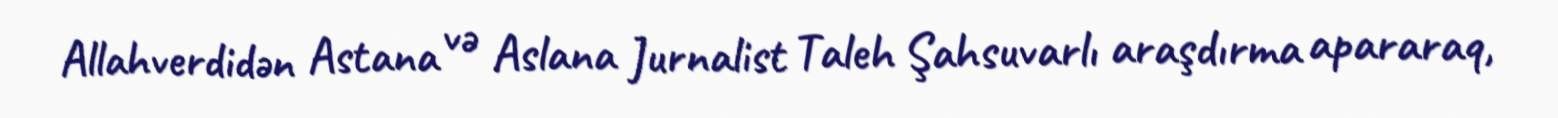
Allahverdidən Astana və Aslana Jurnalist Taleh Şahsuvarlı araşdırma apararaq,